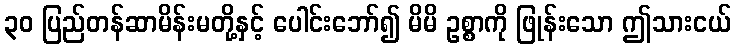
၃၀ ပြည်တန်ဆာမိန်းမတို့နှင့် ပေါင်းဘော်၍ မိမိ ဥစ္စာကို ဖြုန်းသော ဤသားငယ်